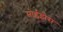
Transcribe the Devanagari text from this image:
मोईझेस